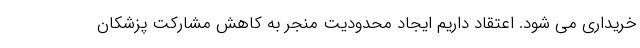
خریداری می شود. اعتقاد داریم ایجاد محدودیت منجر به کاهش مشارکت پزشکان